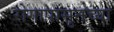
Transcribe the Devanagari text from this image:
रोगापासुनच्या